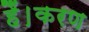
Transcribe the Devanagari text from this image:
हैं।करण